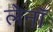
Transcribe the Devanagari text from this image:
लेनॉ